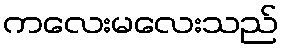
ကလေးမလေးသည်